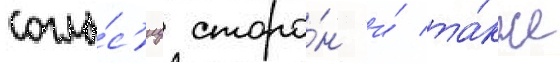
согла́с'иу сторо́н и́ та́кже